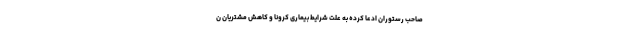
صاحب رستوران ادعا کرده به علت شرایط بیماری کرونا و کاهش مشتریان ن